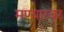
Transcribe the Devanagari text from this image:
मण्यारवर